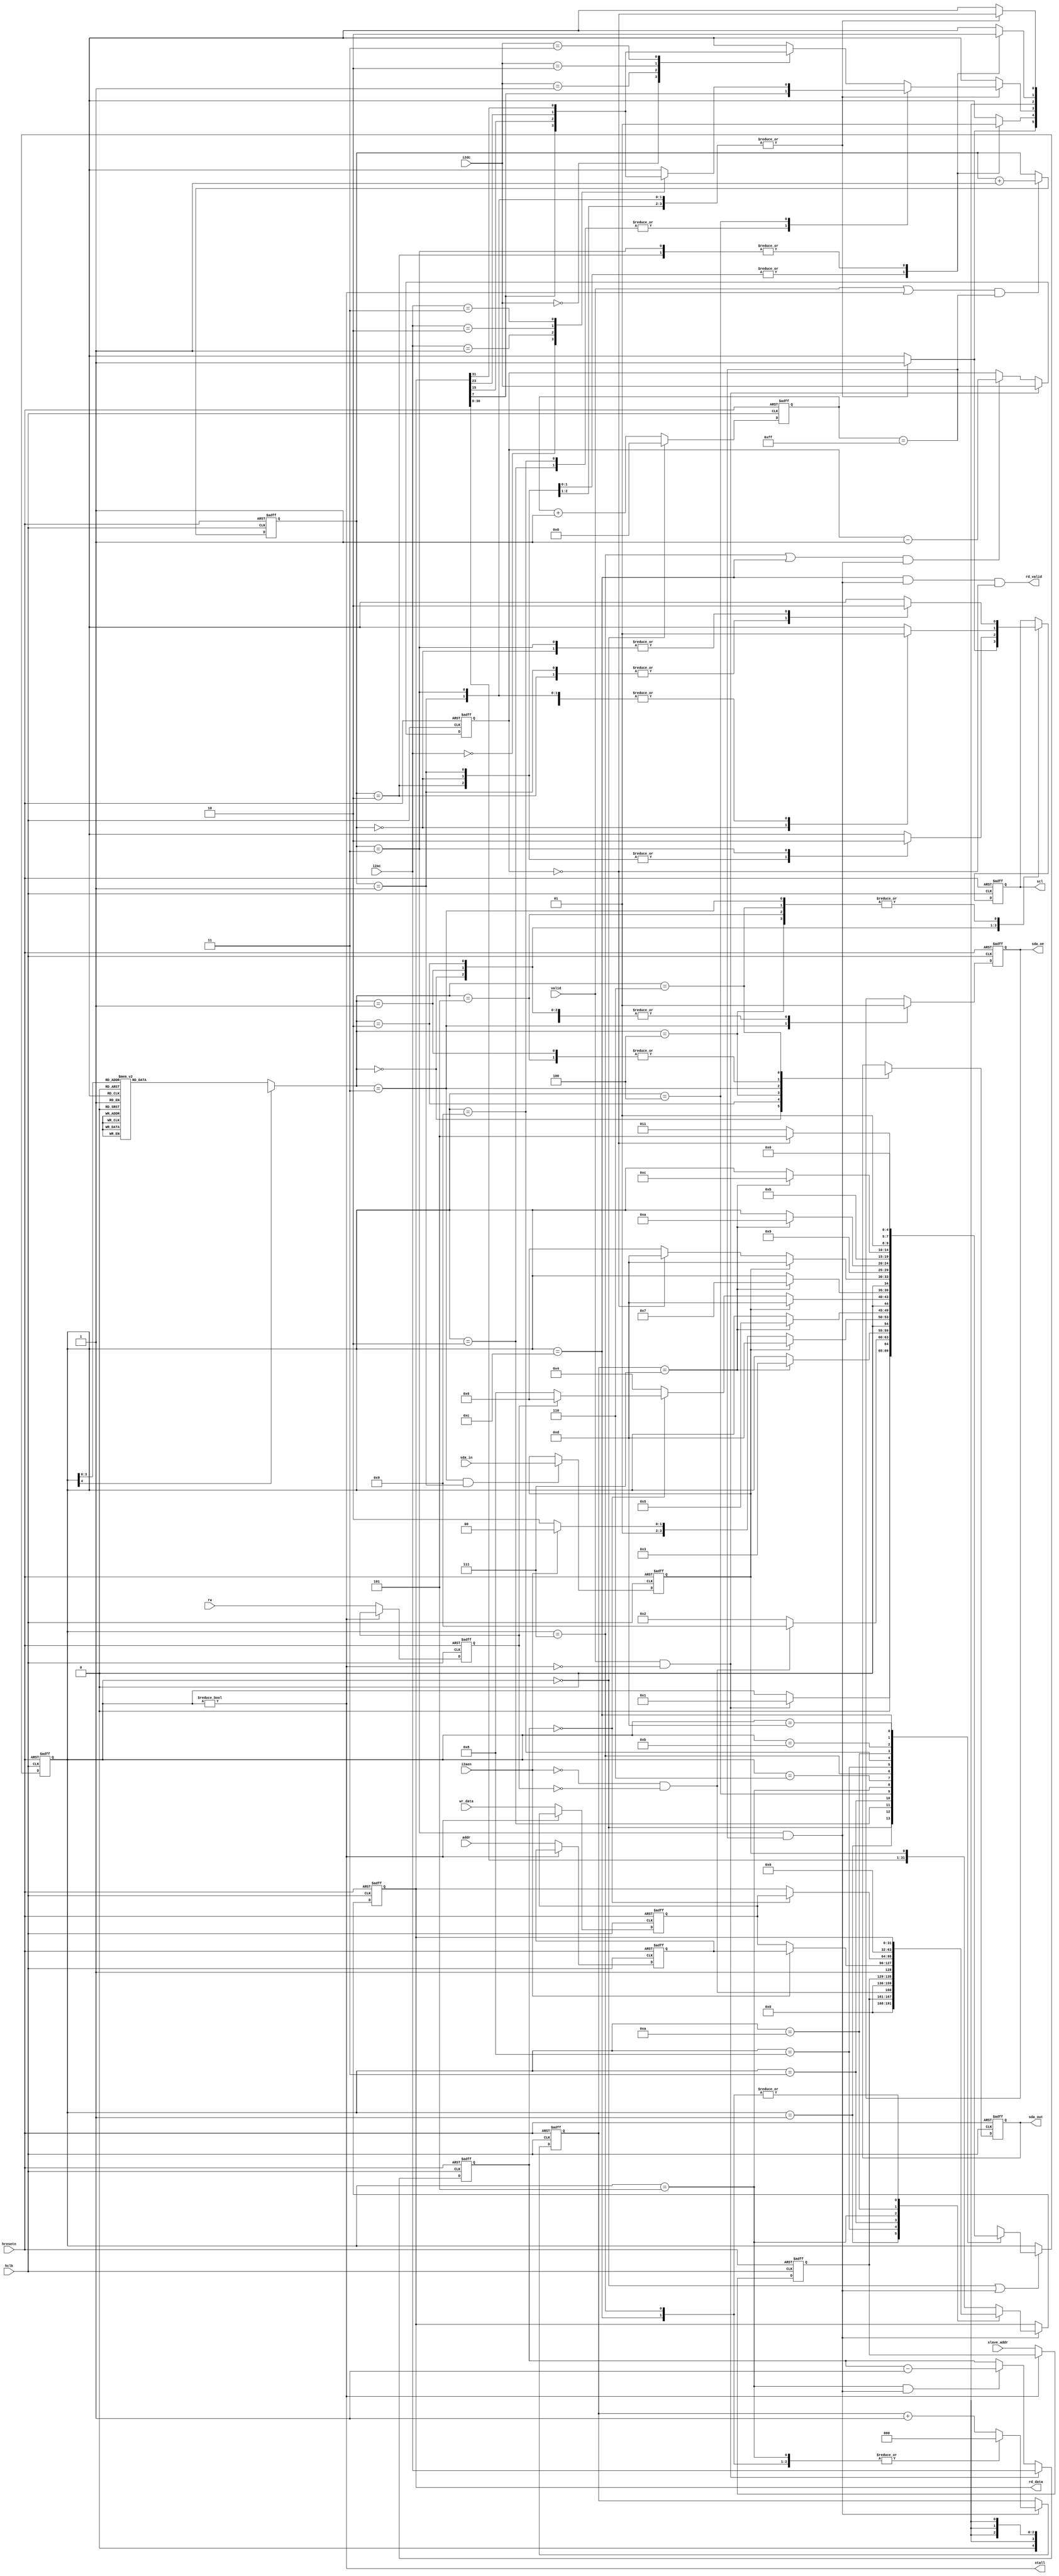
//`define I2C_DISP
module i2c_master(
  // CLK, Reset and addr signals
  input  wire          hclk,       // System clk    
  input  wire          hresetn,    // System rst   
  input  wire [6:0]    slave_addr,
  // I2C Interface with on chip Logic
  output reg           scl,
  output reg           sda_out,
  input  wire          sda_in,
  output reg           sda_oe,
  // Interface with Testbench
  input  wire          rw,
  input  wire [31:0]   addr,
  input  wire [31:0]   wr_data,
  output reg  [31:0]   rd_data,
  output reg           rd_valid,
  input  wire          valid,
  output reg           stall,

  input  wire          i2aen,
  input  wire [1:0]    i2ac,
  input  wire [1:0]    i2dc
);

   
reg           rw_d1;
reg  [31:0]   addr_d1;
reg  [31:0]   wr_data_d1;
reg           valid_d1;
reg  [6:0]    slave_addr_d1;
reg  [7:0]    hclk_cnt;

parameter BYTE_IDLE = 0;
parameter BYTE_START = 1;
parameter BYTE_SAW = 2;   
parameter BYTE_ACK_SAW = 3;   
parameter BYTE_ADDR = 4;   
parameter BYTE_ACK_ADDR = 5;   
parameter BYTE_WR = 6;
parameter BYTE_ACK_WR = 7;
parameter BYTE_RESTART = 8;
parameter BYTE_SAR = 9;   
parameter BYTE_ACK_SAR = 10;   
parameter BYTE_RD = 11;
parameter BYTE_ACK_RD = 12;
parameter BYTE_STOP = 13;

parameter BIT_IDLE = 0;
parameter BIT_START = 1;
parameter BIT_STOP = 2;
parameter BIT_READ = 3;
parameter BIT_WRITE = 4;
parameter BIT_RESTART = 5;
parameter BIT_ACK = 6;

reg  [4:0]    state,next_state;
reg  [2:0]    btype;
reg  [1:0]    cycle;
reg           cycle_done;
reg  [31:0]   dout;
reg  [2:0]    shift_cnt;
reg           shift_done;
reg           sda_reg;
reg           sda_out_pre;
reg  [1:0]    addr_cnt;
reg  [1:0]    data_cnt;
wire          addr_cnt_min;
wire          data_cnt_min;
   
   
`ifdef I2C_DISP   
   always@(posedge hclk) begin
      if (valid & !stall & rw) begin
          //$display("i2c: sa %x addr %x wr_data %b",slave_addr,addr,wr_data);         
      end
      if (rd_valid) begin
          //$display("i2c: sa %x addr %x rd_data %b",slave_addr_d1,addr_d1,rd_data);      
      end
   end
`endif

always@(*) begin     
    cycle_done = (cycle == 2'b11) & (hclk_cnt == 8'b1111_1111);
    //stall = valid & ~((state == BYTE_IDLE) & cycle_done);
    //stall = (state != BYTE_IDLE) | (valid & (state == BYTE_IDLE) & !cycle_done);
    stall = (state != BYTE_IDLE);
    rd_valid = (state == BYTE_ACK_RD) & cycle_done & data_cnt_min;
    rd_data = dout;
    shift_done = (shift_cnt == 3'b111);      
end

always@(posedge hclk or negedge hresetn) begin
    if (!hresetn) begin
        state <= 0;
        cycle <= 0;
        hclk_cnt <= 0;
        sda_reg <= 0;
    end
    else begin
        if ((state == BYTE_IDLE) | cycle_done) begin
            state <= next_state;
        end

        hclk_cnt <= (state == BYTE_IDLE) ? 0 : hclk_cnt + 1;

        if ((valid | (state != BYTE_IDLE)) & (hclk_cnt == 8'b1111_1111))  // 400kHz for 100MHz system clock
            cycle <= cycle + 1;    
        
        if ((btype == BIT_READ) & (cycle == 1))
            sda_reg <= sda_in;
    end      
end

wire sar_bypass = !i2aen & !rw_d1;
   
always@(*) begin
    next_state = state;     
    case (state)
        BYTE_IDLE:     if (valid & !stall)             
                           next_state = BYTE_START;
        BYTE_START:    if (sar_bypass)                 
                           next_state = BYTE_SAR;
                       else                            
                           next_state = BYTE_SAW;
        BYTE_SAW:      if (shift_done)                 
                           next_state = BYTE_ACK_SAW;
        BYTE_ACK_SAW:  if (!sda_reg) begin
                         if (i2aen)                    
                             next_state = BYTE_ADDR;
                         else                          
                             next_state = BYTE_WR;
                       end
                       else                            
                           next_state = BYTE_STOP;
        BYTE_ADDR:     if (shift_done)                 
                          next_state = BYTE_ACK_ADDR;
        BYTE_ACK_ADDR: if (!sda_reg) begin
                           if (addr_cnt_min) begin 
                               if (rw_d1)                  
                                   next_state = BYTE_WR;
                               else                       
                                   next_state = BYTE_RESTART;
                           end
                           else                         
                               next_state = BYTE_ADDR;
                       end                     
                       else                           
                           next_state = BYTE_STOP;
        BYTE_WR:       if (shift_done)                
                           next_state = BYTE_ACK_WR;
        BYTE_ACK_WR:   if (!sda_reg) begin                 
                           if (data_cnt_min)             
                               next_state = BYTE_STOP;
                           else                         
                               next_state = BYTE_WR;
                       end
                       else                           
                           next_state = BYTE_STOP;
        BYTE_RESTART:  next_state = BYTE_SAR;
        BYTE_SAR:      if (shift_done)                
                           next_state = BYTE_ACK_SAR;
        BYTE_ACK_SAR:  next_state = BYTE_RD;  
        BYTE_RD:       if (shift_done)                
                           next_state = BYTE_ACK_RD;
        BYTE_ACK_RD:   if (data_cnt_min)              
                           next_state = BYTE_STOP;
                       else                           
                           next_state = BYTE_RD;
        BYTE_STOP:     next_state = BYTE_IDLE;
        default:       next_state = 4'bx;  
    endcase // case(state)  
end
   
always@(*) begin
    case (state)
        BYTE_IDLE:             btype = BIT_IDLE;
        BYTE_START:            btype = BIT_START;
        BYTE_SAW:              btype = BIT_WRITE;
        BYTE_ACK_SAW:          btype = BIT_READ;
        BYTE_ADDR:             btype = BIT_WRITE;
        BYTE_ACK_ADDR:         btype = BIT_READ;
        BYTE_WR:               btype = BIT_WRITE;
        BYTE_ACK_WR:           btype = BIT_READ;
        BYTE_RESTART:          btype = BIT_RESTART;  
        BYTE_SAR:              btype = BIT_WRITE;
        BYTE_ACK_SAR:          btype = BIT_READ;
        BYTE_RD:               btype = BIT_READ;
        BYTE_ACK_RD:           btype = BIT_ACK;
        BYTE_STOP:             btype = BIT_STOP;
        default btype = 4'bx;  
    endcase // case(state)  
end 

always@(posedge hclk or negedge hresetn) begin
    if (!hresetn) begin
        valid_d1 <= 0;
        rw_d1 <= 0;
        addr_d1 <= 0;
        wr_data_d1 <= 0;   
        slave_addr_d1 <= 0;
        dout <= 0;
        shift_cnt <= 0;
    end
    else begin
        if (!stall) begin
            valid_d1 <= valid;
            rw_d1 <= rw; 
            addr_d1 <= addr;
            wr_data_d1 <= wr_data;
            slave_addr_d1 <= slave_addr;      
        end

        if (cycle_done) begin
            case (state) 
                BYTE_START:    begin dout <= {slave_addr_d1,sar_bypass};        shift_cnt <= 0; end     
                BYTE_RESTART:  begin dout <= {slave_addr_d1,1'b1};              shift_cnt <= 0; end  
                BYTE_ACK_SAW:  begin dout <= (i2aen)? {addr_d1} : {wr_data_d1}; shift_cnt <= 0; end  
                BYTE_ACK_ADDR: begin 
                                   if (addr_cnt_min) begin
                                     dout <= {wr_data_d1};
                                   end
                                   shift_cnt <= 0; 
                               end  
                BYTE_ACK_SAR:  begin dout <= 0;                    shift_cnt <= 0; end
                BYTE_ACK_WR:   begin                               shift_cnt <= 0; end
                BYTE_ACK_RD:   begin                               shift_cnt <= 0; end     
                default:       begin dout <= {dout,sda_reg};       shift_cnt <= shift_cnt + 1; end
            endcase // case(next_state)
        end
    end
end

always@(*) begin
    case (state)
        BYTE_SAW: sda_out_pre = dout[7];
        BYTE_SAR: sda_out_pre = dout[7];
        BYTE_ADDR: case(i2ac)
                       0: sda_out_pre = dout[7];
                       1: sda_out_pre = dout[15];
                       2: sda_out_pre = dout[23];
                       3: sda_out_pre = dout[31];
                       default: sda_out_pre = 1'bx;
                   endcase // case (i2ac)
        default: case(i2dc)
                     0: sda_out_pre = dout[7];
                     1: sda_out_pre = dout[15];
                     2: sda_out_pre = dout[23];
                     3: sda_out_pre = dout[31];
                     default: sda_out_pre = 1'bx;
                endcase // case (i2ac)
    endcase  
end
     
always@(posedge hclk or negedge hresetn) begin
    if (!hresetn) begin
        {scl,sda_out} <= 2'b11;
        sda_oe <= 1;
    end
    else begin   
        case (btype)
            BIT_IDLE:  
                begin
                  case(cycle)
                    0: {scl,sda_out} <= 2'b11;
                    1: {scl,sda_out} <= 2'b11;
                    2: {scl,sda_out} <= 2'b11;
                    3: {scl,sda_out} <= 2'b11;
                  endcase // case(cycle)
                  sda_oe <= 1;
                end   
            BIT_START:  
                begin
                  case(cycle)       
                      0: {scl,sda_out} <= 2'b11;
                      1: {scl,sda_out} <= 2'b11;
                      2: {scl,sda_out} <= 2'b10;
                      3: {scl,sda_out} <= 2'b00;
                  endcase // case(cycle)
                  sda_oe <= 1;
                end     
            BIT_STOP:  
                begin
                  case(cycle)
                    0: {scl,sda_out} <= 2'b00;
                    1: {scl,sda_out} <= 2'b10;
                    2: {scl,sda_out} <= 2'b11;
                    3: {scl,sda_out} <= 2'b11;
                  endcase // case(cycle)
                  sda_oe <= 1;
                end     
            BIT_WRITE:  
                begin
                  case(cycle)
                    0: {scl,sda_out} <= {1'b0,sda_out_pre};
                    1: {scl,sda_out} <= {1'b1,sda_out_pre};
                    2: {scl,sda_out} <= {1'b1,sda_out_pre};
                    3: {scl,sda_out} <= {1'b0,sda_out_pre};
                  endcase // case(cycle)
                  sda_oe <= 1;
                end     
            BIT_READ:  
                begin
                  case(cycle)
                    0: {scl,sda_out} <= {1'b0,1'bx};
                    1: {scl,sda_out} <= {1'b1,1'bx};
                    2: {scl,sda_out} <= {1'b1,1'bx};
                    3: {scl,sda_out} <= {1'b0,1'bx};
                  endcase // case(cycle)
                  sda_oe <= 0;
                end     
            BIT_RESTART:  
                begin
                  case(cycle)
                    0: {scl,sda_out} <= {1'b0,1'b1};
                    1: {scl,sda_out} <= {1'b1,1'b1};
                    2: {scl,sda_out} <= {1'b1,1'b0};
                    3: {scl,sda_out} <= {1'b0,1'b0};
                  endcase // case(cycle)
                  sda_oe <= 1;
                end     
            BIT_ACK:  
                begin
                  case(cycle)
                    0: {scl,sda_out} <= {1'b0,data_cnt_min};
                    1: {scl,sda_out} <= {1'b1,data_cnt_min};
                    2: {scl,sda_out} <= {1'b1,data_cnt_min};
                    3: {scl,sda_out} <= {1'b0,data_cnt_min};
                  endcase // case(cycle)
                  sda_oe <= 1;
                end     
        endcase    
    end
end
   
always@(posedge hclk or negedge hresetn) begin
    if (!hresetn) begin
        addr_cnt <= 0;
        data_cnt <= 0;
    end
    else begin
        if (valid & !stall) begin
            addr_cnt <= i2ac;
            data_cnt <= i2dc;      
        end
        else begin
            if ((state == BYTE_ACK_ADDR) & cycle_done) begin
                addr_cnt <= addr_cnt - 1;         
            end
            if (((state == BYTE_ACK_WR)|(state == BYTE_ACK_RD)) & cycle_done) begin
                data_cnt <= data_cnt - 1;         
            end      
        end
    end
end // always@ (posedge hclk or negedge hresetn)

assign addr_cnt_min = (addr_cnt == 0);
assign data_cnt_min = (data_cnt == 0);
 

endmodule //